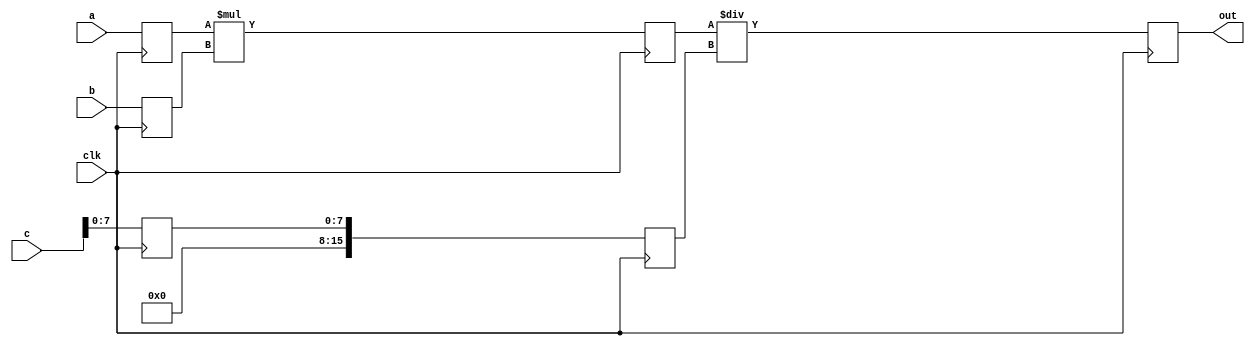
module top(clk,out,a,b,c);
output [15:0]  out;
input  [7:0]   a,b;
input  [15:0]  c;
input          clk;
reg    [15:0]  mul_out; 
reg    [15:0]  out;
reg    [15:0]  c_tmp;
reg    [7:0]   a_d; 
reg    [7:0]   b_d;
reg    [7:0]   c_d;

always @(posedge clk) a_d<=a;
always @(posedge clk) b_d<=b;
always @(posedge clk) c_d<=c;

always @(posedge clk) mul_out<=a_d*b_d;
always @(posedge clk) c_tmp<=c_d;
always @(posedge clk) out<=mul_out/c_tmp;
   
endmodule